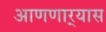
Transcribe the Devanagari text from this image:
आणणार्‍यास